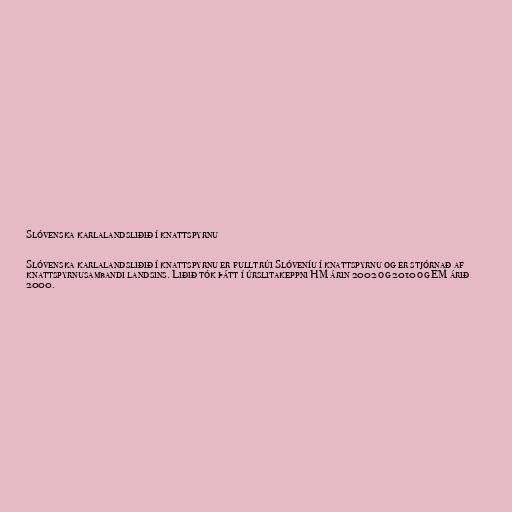
Slóvenska karlalandsliðið í knattspyrnu

Slóvenska karlalandsliðið í knattspyrnu er fulltrúi Slóveníu í knattspyrnu og er stjórnað af
knattspyrnusambandi landsins. Liðið tók þátt í úrslitakeppni HM árin 2002 og 2010 og EM árið
2000.